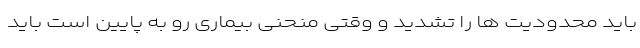
باید محدودیت ها را تشدید و وقتی منحنی بیماری رو به پایین است باید